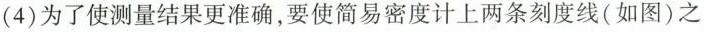
(4) 为了使测量结果更准确，要使简易密度计上两条刻度线(如图)之